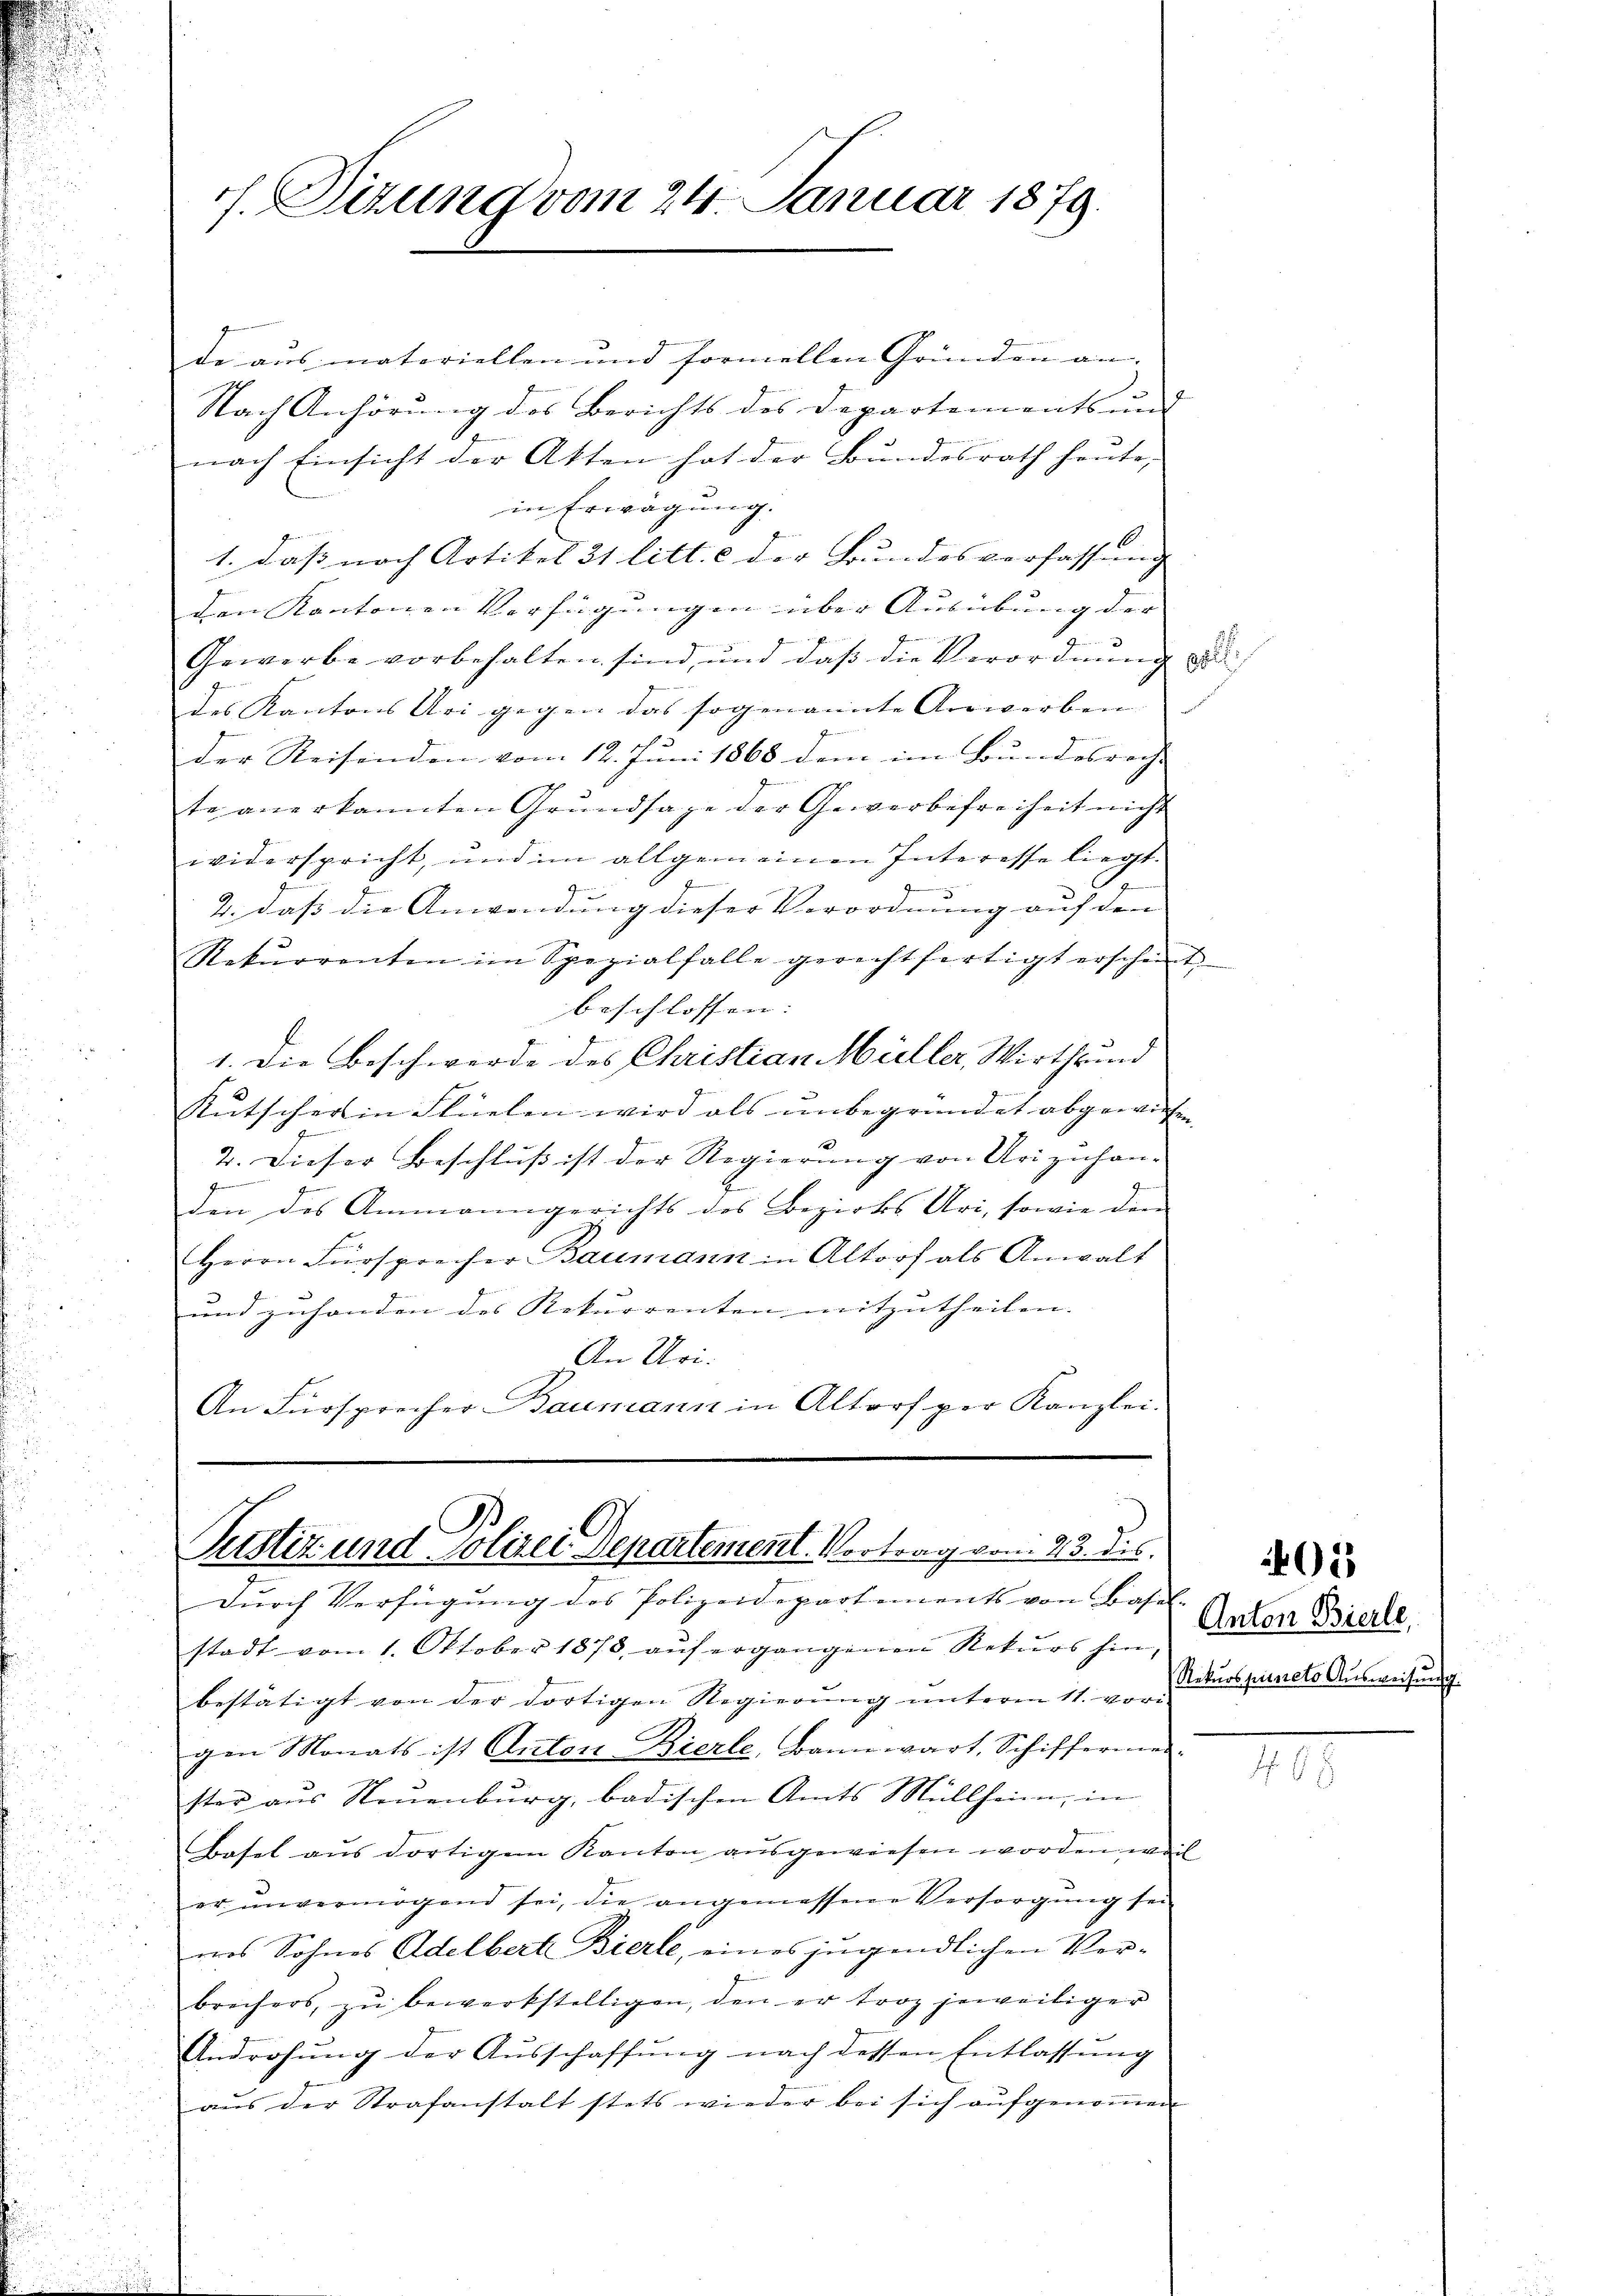
de aus materiellen und formellen Gründen an.
Nach Anhörung des Berichts des Departements und |
nach Einsicht der Atten hat der Bundesrath heute,
in Erwägung.
1. Daß nach Artikel 31 litt. c der Bundesverfassung
den Kantonen Verfügungen über Ausübung der |
2
Gewerbe vorbehalten sind, und daß die Verordnung
des Kantons Uri gegen das sogenannte Anwerben
der Reisenden vom 12. Juni 1868 dem im Bundesrecht
te anerkannten Grundsaze der Gewerbefreiheit nicht
widerspricht, und im allgemeinen Interesse liegt.
g
t
9
2. dass die Anwendung dieser Verordnung auf den
Rekurrenten im Spezialfalle gerechtfertigt erscheint
beschlossen:
1. Die Beschwerde des Christian Müller, Wirthe und
Kutscher in Flüelen wird als unbegründet abgewiesen.
2. Dieser Beschluß ist der Regierung von Uri zuhan-
.
den des Ammanngerichts des Bezirks Uri, sowie den
Herrn Fürsprecher Baumann in Altorf als Anwalt
und zuhanden des Rekurrenten mitzutheilen. |
An Uri.
An Fürsprecher Baumann in Altorf per Kanzlei.

f. Dizung vom 24. Januar 1879.

Justiz und Polizei Departement. Vortrag vom 23. dies
durch Verfügung des Polizeidepartements von Basel-

stadt vom 1. Oktober 1878 auf ergangenen Rekurs hin,
bestätigt von der dortigen Regierung unterm 11. vori-
gen Monats ist Anton-Bierle, Bannwart, Schiffermei-
ster aus Neuenburg, badischen Amts Müllheim, in
Basel aus dortigem Kanton ausgewiesen worden weil
er unvermögend sei, die angemessene Versorgung sei
wos Sohnes Adelbert Bierle, eines jugendlichen Verbrechers, zŭ bewerkstelligen, den er troz jeweiliger
Androhung der Ausschaffung nach dessen Entlassung
aus der Strafanstalt stets wieder bei sich aufgenommen

Anton Bierle,
Rekurs puncto Ausweisung.

03

7